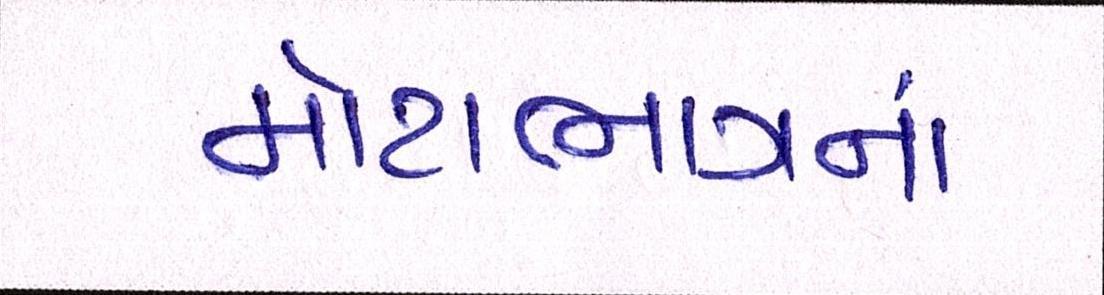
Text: મોટાભાગનાં